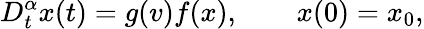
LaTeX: D_{t}^{\alpha}x(t)=g(v)f(x),\qquad x(0)=x_{0},